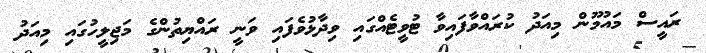
ރައީސް މައުމޫން މިއަދު ކުރައްވާފައިވާ ޓުވީޓެއްގައި ވިދާޅުވެފައި ވަނީ ރައްޔިތުންގެ މަޖިލީހުގައިި މިއަދު